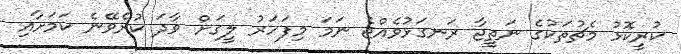
ކުރީކޮޅު މެޗުތަކުގެ ނަތީޖާ ރަނގަޅުވެއްޖެ ނަމަ މިފަހަރު ލީގަށް ވާދަ ކުރެވޭނެ ކަމަށާއި